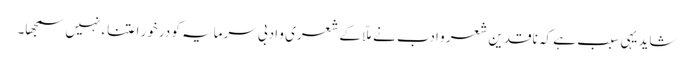
شاید یہی سبب ہے کہ ناقدین شعر و ادب نے ملّا کے شعری و ادبی سرمایہ کو درخورِ اعتناء نہیں سمجھا۔